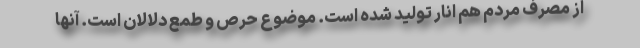
از مصرف مردم هم انار تولید شده است. موضوع حرص و طمع دلالان است. آنها